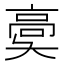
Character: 𩫀